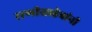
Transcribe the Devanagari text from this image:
राणीसाहेबांनी